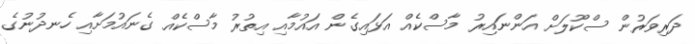
ދަރިވަރުން ސްކޫލަށް އަންނައިރު މާސްކެއް އަޅައިގެން އައުމާއި އިތުރު މާސްކެއް ގެނައުމަށާއި ހެނދުނުގެ